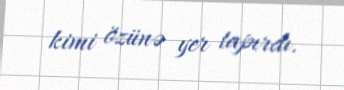
kimi özünə yer tapırdı.